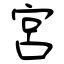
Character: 宮